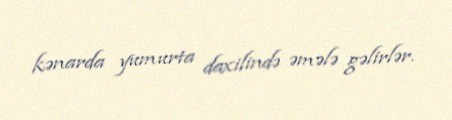
kənarda yumurta daxilində əmələ gəlirlər.